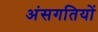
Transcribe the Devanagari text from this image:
अंसगतियों